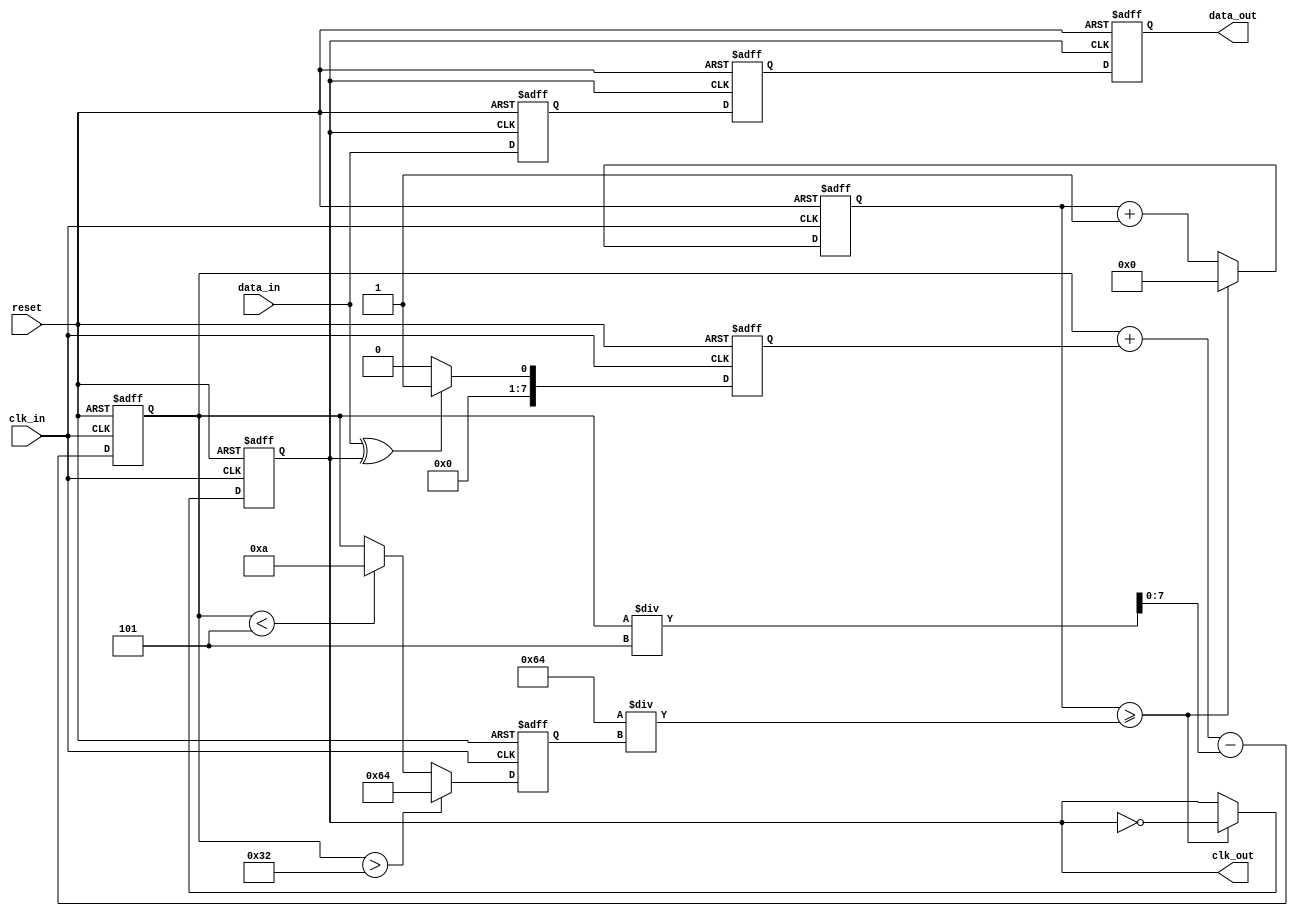
module pll_synchronizer (
    input wire clk_in,                  // Input clock signal
    input wire data_in,                 // Incoming data signal
    output reg clk_out,                 // Output synchronized clock signal
    output reg data_out,                // Synchronized data output
    input wire reset                    // Reset signal
);
    // PLL Parameters
    parameter VCO_MAX_FREQ = 100;       // Maximum frequency of VCO
    parameter VCO_MIN_FREQ = 10;        // Minimum frequency of VCO
    parameter LOOP_FILTER_BW = 5;       // Loop filter bandwidth

    // Internal signals
    reg [7:0] error_signal;             // Error signal from phase detector
    reg [7:0] control_voltage;           // Control voltage to VCO
    reg [7:0] vco_freq;                  // Current frequency of VCO
    reg [31:0] clk_div_counter;          // Clock divider counter
    reg [2:0] state;                     // PLL state (lock detection, normal)
    
    // Parameters for dual-flip flop synchronizer
    reg sync_ff1, sync_ff2;
    
    // Phase Detector (PD)
    always @(posedge clk_in or posedge reset) begin
        if (reset) begin
            error_signal <= 0;
        end else begin
            // Simple phase detection logic
            error_signal <= (data_in ^ clk_out) ? 1 : 0; // Simplified
        end
    end

    // Loop Filter
    always @(posedge clk_in or posedge reset) begin
        if (reset) begin
            control_voltage <= 0;
        end else begin
            // Simple integration for control voltage
            control_voltage <= control_voltage + error_signal - (control_voltage / LOOP_FILTER_BW);
        end
    end

    // Voltage-Controlled Oscillator (VCO)
    always @(posedge clk_in or posedge reset) begin
        if (reset) begin
            vco_freq <= VCO_MIN_FREQ; // Initialize to min frequency
        end else begin
            if (control_voltage > (VCO_MAX_FREQ / 2)) begin
                vco_freq <= VCO_MAX_FREQ;
            end else if (control_voltage < (VCO_MIN_FREQ / 2)) begin
                vco_freq <= VCO_MIN_FREQ;
            end else begin
                vco_freq <= control_voltage; // Adjust frequency based on control voltage
            end
        end
    end

    // Clock Divider
    always @(posedge clk_in or posedge reset) begin
        if (reset) begin
            clk_div_counter <= 0;
            clk_out <= 0;
        end else begin
            if (clk_div_counter >= (100 / vco_freq)) begin
                clk_div_counter <= 0;
                clk_out <= ~clk_out; // Toggle output clock
            end else begin
                clk_div_counter <= clk_div_counter + 1;
            end
        end
    end

    // Data Synchronization Circuit (Dual-Flop Synchronizer)
    always @(posedge clk_out or posedge reset) begin
        if (reset) begin
            sync_ff1 <= 0;
            sync_ff2 <= 0;
            data_out <= 0;
        end else begin
            sync_ff1 <= data_in; // First flip-flop
            sync_ff2 <= sync_ff1; // Second flip-flop
            data_out <= sync_ff2; // Synchronized data output
        end
    end

endmodule